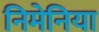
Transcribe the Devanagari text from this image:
निमेनिया